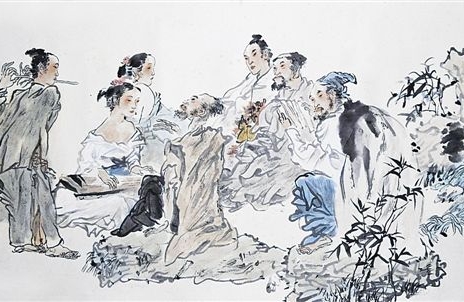
午醉醒来愁未醒。送春春去几时回。